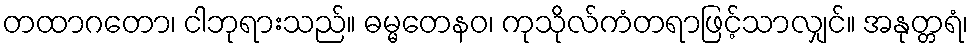
တထာဂတော၊ ငါဘုရားသည်။ ဓမ္မတေနဝ၊ ကုသိုလ်ကံတရာဖြင့်သာလျှင်။ အနုတ္တရံ၊